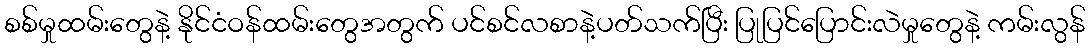
စစ်မှုထမ်းတွေနဲ့ နိုင်ငံဝန်ထမ်းတွေအတွက် ပင်စင်လစာနဲ့ပတ်သက်ပြီး ပြုပြင်ပြောင်းလဲမှုတွေနဲ့ ကမ်းလွန်